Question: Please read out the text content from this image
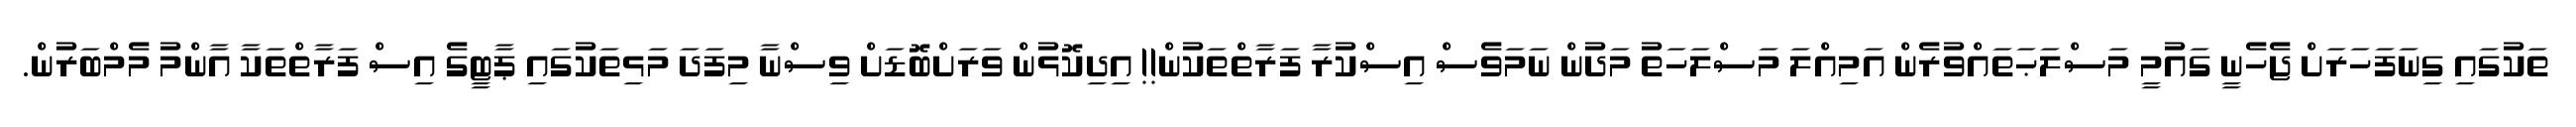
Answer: ތަކުގައި ގިނަފަހަރަށް ޖެހެނީ ގައުމީ މަސްލަޙަތައްވުރެން އަމިއްލަ މަސްލަހަތު މަދުން ނަމަވެސް އިސްކުރާ ފަރާތްތަކުން!! އިދިކޮޅުން ވަރަށްބޮޑަށް ވިސްނާ މިފަދަ މަޅިތަކުގައި ޕާޓީގެ އިސް ފަރާތްތަކާ އާންމު މެމްބަރުން.